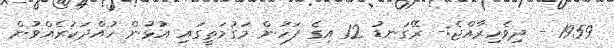
1959 - ދިވެހިރާއްޖެ:- ރޭގަނޑު 12 އިގެ ފަހުން މަގުމަތީގައި އުޅުން ހުއްދަކުރެއްވުން